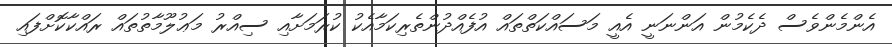
އެންމެންވެސް ދެކެމުން އަންނަނީ އެއީ މަސައްކަތްތައް އުފެއްދުންތެރިކަމާއެކު ކުރަމަށާއި ސިއްރު މަޢުލޫމާތުތައް ރައްކާކޮށްފައި